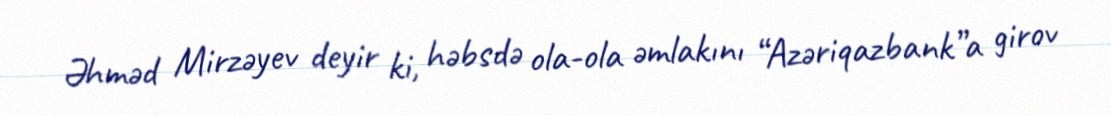
Əhməd Mirzəyev deyir ki, həbsdə ola-ola əmlakını “Azəriqazbank”a girov